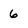
Character: 6